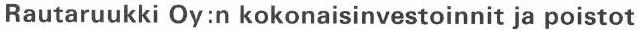
Rautaruukki Oy:n kokonaisinvestoinnit ja poistot